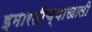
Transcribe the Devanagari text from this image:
इमारतीच्याखाली